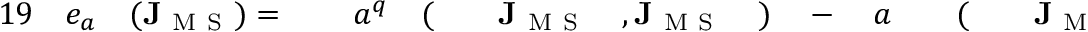
\begin{array} { r l r l r l r l r l r l r l r l r l r } { { 1 9 } } & { { } e _ { a } } & { ( \mathbf { J } _ { \mathrm { ~ M ~ S ~ } } ) = { } } & { { } } & { a ^ { q } } & { { } ( } & { } & { { } \mathbf { J } _ { \mathrm { ~ M ~ S ~ } } } & { , \mathbf { J } _ { \mathrm { ~ M ~ S ~ } } } & { { } ) } & { { } - { } } & { { } a } & { } & { { } ( } & { } & { { } \mathbf { J } _ { \mathrm { ~ M ~ S ~ } } } & { , \mathbf { J } _ { \mathrm { ~ M ~ S ~ } } } & { { } ) } & { , } \end{array}